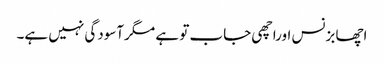
اچھا بزنس اوراچھی جاب تو ہے مگرآسودگی نہیں ہے۔